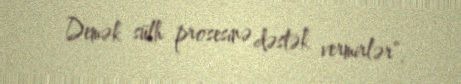
Demək sülh prosesinə dəstək vermirlər”.